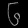
Digit: ၆